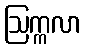
ဩက္ကလာ